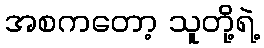
အစကတော့ သူတို့ရဲ့